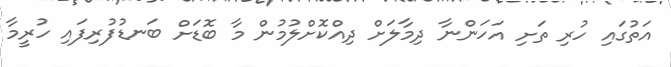
އަތުގައި ހުރި ތަށި އަހަންނާ ދިމާލަށް ދިއްކޮށްލުމުން މާ ބޮޑަށް ބަނޑުފުރިފައި ހުރީމާ